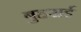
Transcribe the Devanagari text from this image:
बुहराई